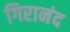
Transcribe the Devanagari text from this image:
गिरानंद